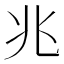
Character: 兆